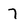
Character: 7